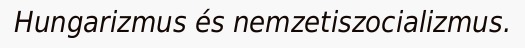
Hungarizmus és nemzetiszocializmus.